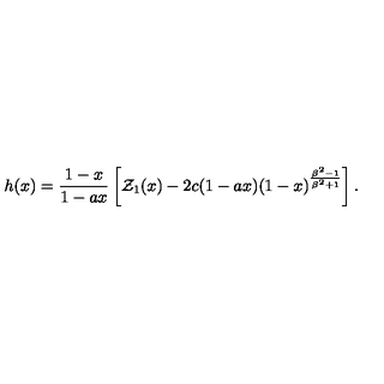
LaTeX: h ( x ) = { \frac { 1 - x } { 1 - a x } } \left[ { \cal Z } _ { 1 } ( x ) - 2 c ( 1 - a x ) ( 1 - x ) ^ { \frac { \beta ^ { 2 } - 1 } { \beta ^ { 2 } + 1 } } \right] .